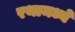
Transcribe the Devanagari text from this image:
रथामध्ये